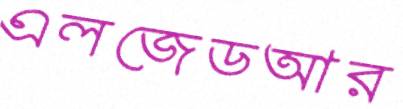
এলজেডআর